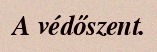
A védőszent.